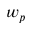
w _ { p }